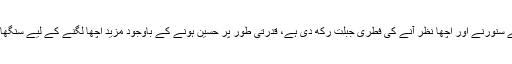
اس لیے کہ اللہ تعالیٰ نے عورت میں سجنے سنورنے اور اچھا نظر آنے کی فطری جبلت رکھ دی ہے، قدرتی طور پر حسین ہونے کے باوجود مزید اچھا لگنے کے لیے سنگھار کرنا اسی فطری جبلت کی وجہ سے ہے۔